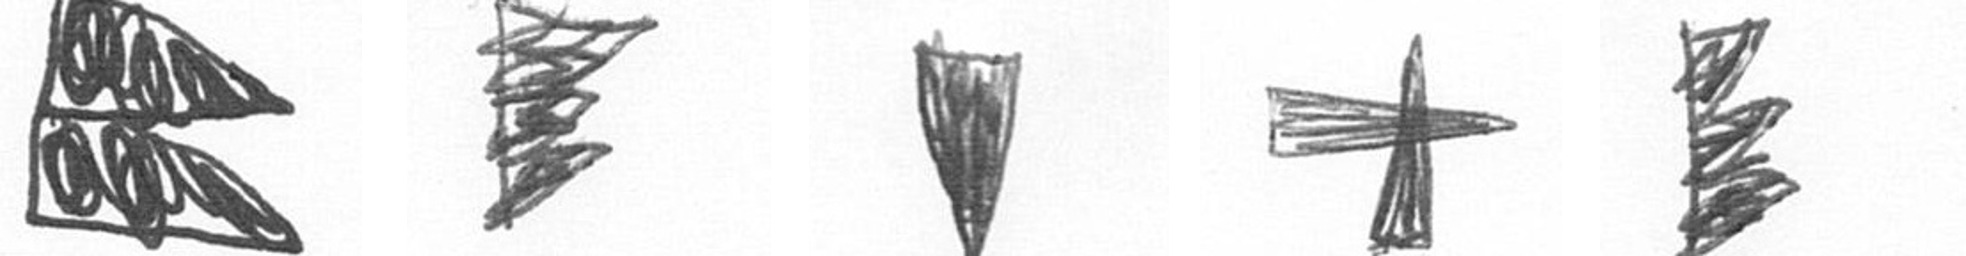
P H J G H